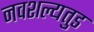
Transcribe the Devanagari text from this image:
नवशल्यतुड